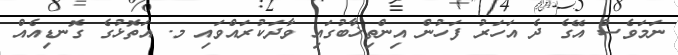
ނަމަވެސް އޭގެ ދެ އަހަރު ފަހުން އިންތިޚާބުގައި ވާދަކުރައްވައި މ. އަތޮޅުގެ ގޮނޑިއެއް